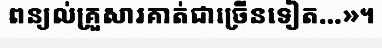
ពន្យល់គ្រួសារគាត់ជាច្រើនទៀត...»។